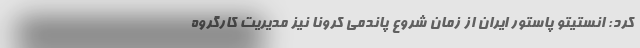
کرد: انستیتو پاستور ایران از زمان شروع پاندمی کرونا نیز مدیریت کارگروه